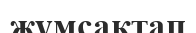
жұмсақтап